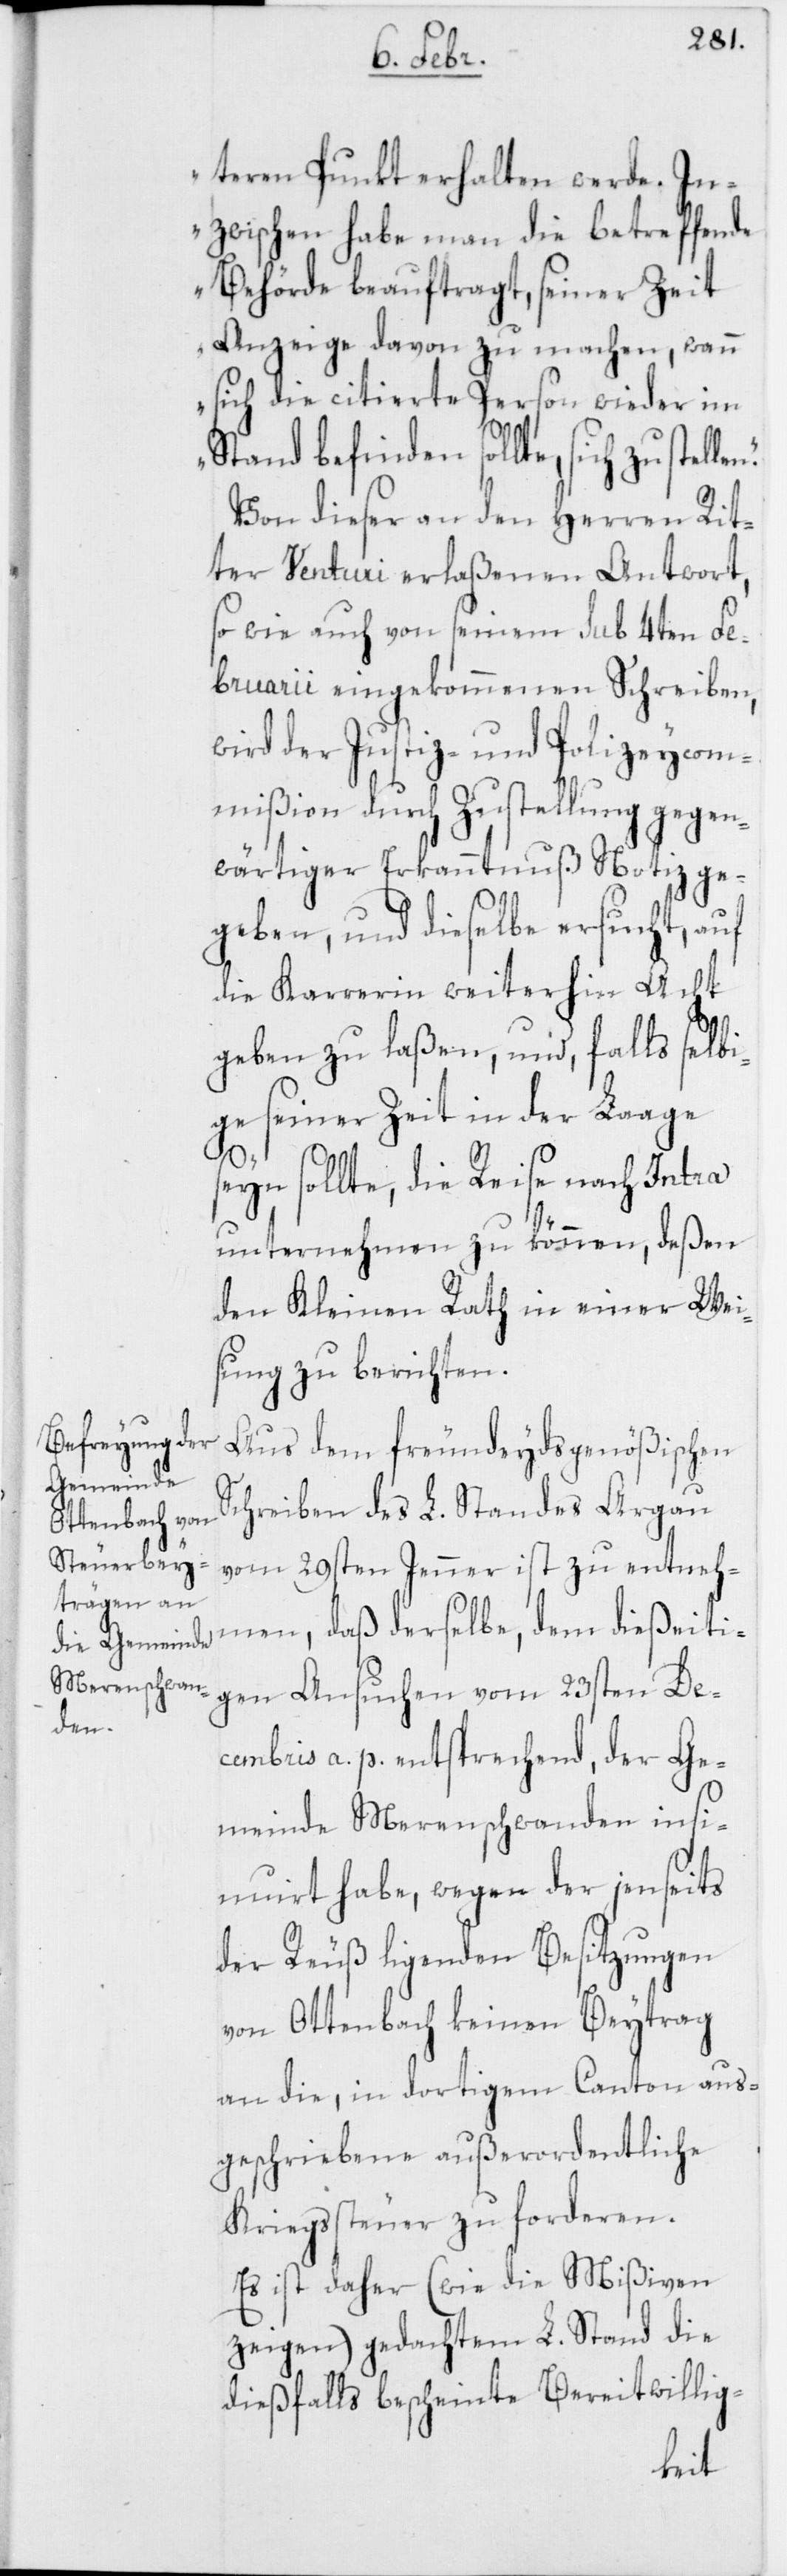
teren Punkt erhalten werde. In¬
zwischen habe man die betreffende
Behörde beauftragt, seiner Zeit
Anzeige davon zu machen, wann
sich die citierte Person wieder im
Stand befinden sollte, sich zu stel¬
Von dieser an den Herren Rit¬
ter Venturi erlaßenen Antwort,
so wie auch von seinem sub 4ten Fe¬
bruarii eingekommenen Schreiben,
wird der Justiz- und Polizeycom¬
mißion durch Zustellung gegen¬
wärtiger Erkanntnuß Notiz ge¬
geben, und dieselbe ersucht, auf
die Karrerin weiterhin Acht
geben zu laßen, und, falls selb¬
ige seiner Zeit in der Laage
seyn sollte, die Reise nach Intra
unternehmen zu können, deßen
den Kleinen Rath in einer Wei¬
sung zu berichten.
Aus dem freundeydsgenößischen
Schreiben des L. Standes Argau
vom 29sten Jenner ist zu entneh¬
men, daß derselbe, dem dießeiti¬
gen Ansuchen vom 23sten De¬
cembris a. p. entsprechend, der Ge¬
meinde Merenschwanden insi¬
nuirt habe, wegen der jenseits
der Reuß ligenden Besitzungen
von Ottenbach keinen Beytrag
an die, in dortigem Canton aus¬
geschriebene außerordentliche
Kriegssteuer zu forderen.
Es ist daher (wie die Mißiven
zeigen) gedachtem L. Stand die
dießfalls bescheinte Bereitwillig-
len.“